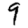
Digit: 9